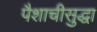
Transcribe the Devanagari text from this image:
पैशाचीसुद्धा